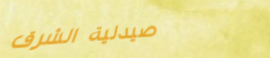
صيدلية الشرق